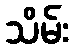
သိမ်း